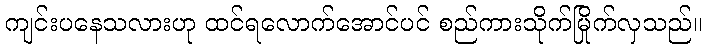
ကျင်းပနေသလားဟု ထင်ရလောက်အောင်ပင် စည်ကားသိုက်မြိုက်လှသည်။